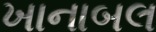
ખાનાબલ